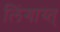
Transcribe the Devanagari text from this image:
लिंगाय्त्